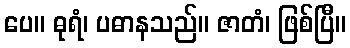
ပေ။ ဓုရံ၊ ပဓာနသည်။ ဇာတံ၊ ဖြစ်ပြီ။